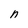
Character: n